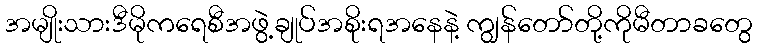
အမျိုးသားဒီမိုကရေစီအဖွဲ့ချုပ်အစိုးရအနေနဲ့ ကျွန်တော်တို့ကိုမီတာခတွေ